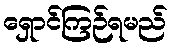
ရှောင်ကြဉ်ရမည်